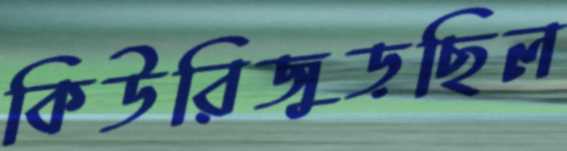
কিউরিজুড়ছিল